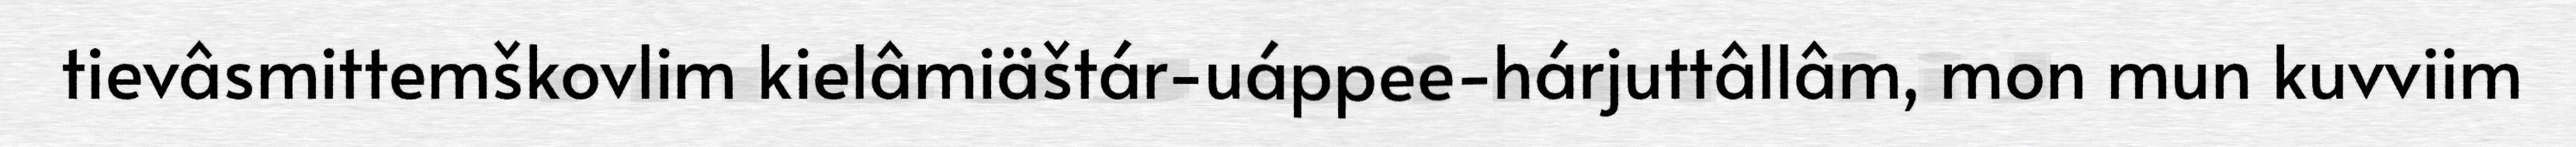
tievâsmittemškovlim kielâmiäštár-uáppee-hárjuttâllâm, mon mun kuvviim